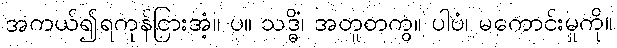
အကယ်၍ရကုန်ငြားအံ့။ ပ။ သဒ္ဓိံ၊ အတူတကွ။ ပါပံ၊ မကောင်းမှုကို။